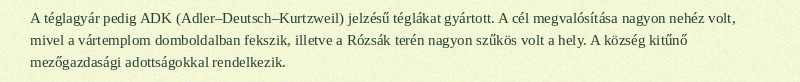
A téglagyár pedig ADK (Adler–Deutsch–Kurtzweil) jelzésű téglákat gyártott. A cél megvalósítása nagyon nehéz volt, mivel a vártemplom domboldalban fekszik, illetve a Rózsák terén nagyon szűkös volt a hely. A község kitűnő mezőgazdasági adottságokkal rendelkezik.